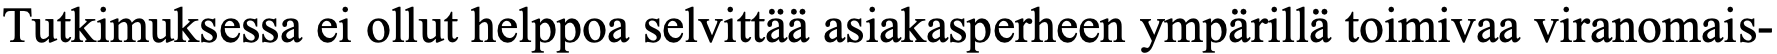
Tutkimuksessa ei ollut helppoa selvittää asiakasperheen ympärillä toimivaa viranomais-